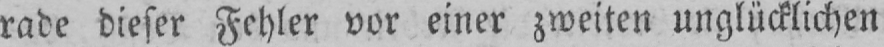
rade dieser Fehler vor einer zweiten unglücklichen